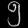
Digit: ၅